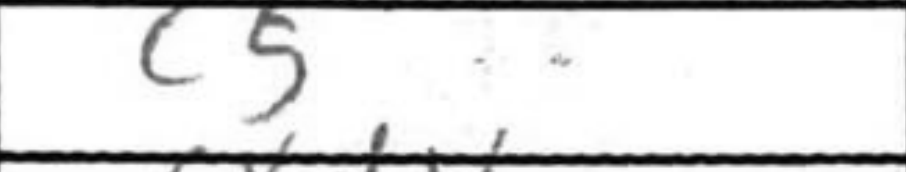
Transcription: c5